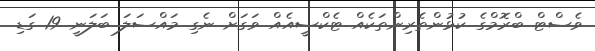
ވެސްޓް ބްރޮމްގެ ކުޅުންތެރިންތަކެއް ޓެކްސީއެއް ވަގަށް ނެގި މައްސަލަ ބަލަނީ 19 ގަޑި